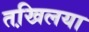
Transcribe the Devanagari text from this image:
तखि़लया